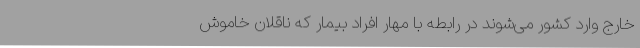
خارج وارد کشور می‌شوند در رابطه با مهار افراد بیمار که ناقلان خاموش